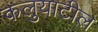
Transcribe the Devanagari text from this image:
कलुयाटील